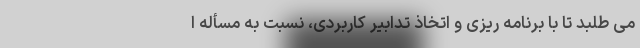
می طلبد تا با برنامه ریزی و اتخاذ تدابیر کاربردی، نسبت به مسأله ا